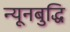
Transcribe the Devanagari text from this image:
न्यूनबुद्धि